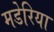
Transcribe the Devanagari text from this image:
मडेरिया